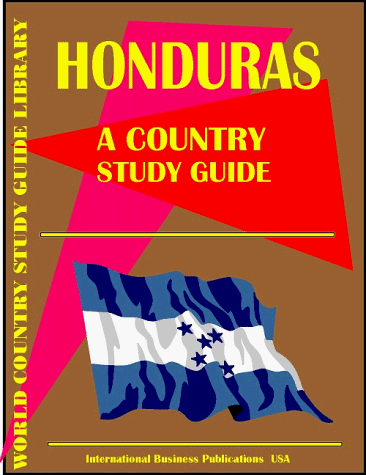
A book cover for Honduras Country Study Guide (World Country Study Guide; Ibp Usa; Travel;